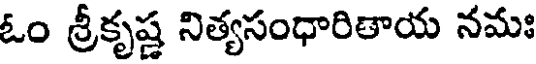
ఓం శ్రీకృష్ణ నిత్యసంధారితాయ నమః